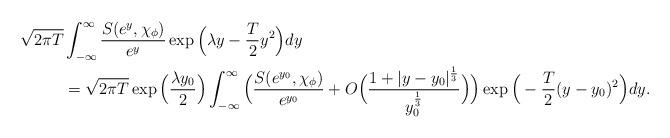
LaTeX: \begin{align*}\sqrt{2\pi T} &\int_{-\infty}^{\infty} \frac{S(e^y,\chi_\phi)}{e^y} \exp\Big(\lambda y-\frac{T}{2}y^2\Big) dy \\&= \sqrt{2\pi T} \exp\Big(\frac{\lambda y_0}{2}\Big) \int_{-\infty}^{\infty} \Big(\frac{S(e^{y_0},\chi_{\phi})}{e^{y_0} } + O\Big(\frac{1+|y-y_0|^{\frac 13}}{y_0^{\frac 13}}\Big) \Big) \exp\Big(-\frac T2(y-y_0)^2\Big) dy.\end{align*}